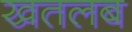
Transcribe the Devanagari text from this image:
खतलब